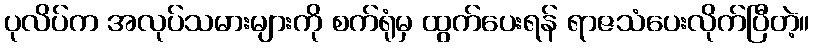
ပုလိပ်က အလုပ်သမားများကို စက်ရုံမှ ထွက်ပေးရန် ရာဇသံပေးလိုက်ပြီတဲ့။